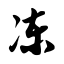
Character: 冻